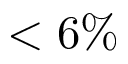
< 6 \%